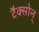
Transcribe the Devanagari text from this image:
टैक्सोन्